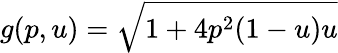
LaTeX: g(p,u)=\sqrt{1+4p^{2}(1-u)u}